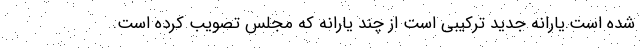
شده است.یارانه جدید ترکیبی است از چند یارانه که مجلس تصویب کرده است.